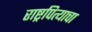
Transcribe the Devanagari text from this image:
राष्ट्रपित्याचा